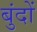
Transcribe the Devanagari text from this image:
बुंदों